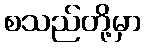
စသည်တို့မှာ